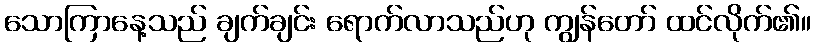
သောကြာနေ့သည် ချက်ချင်း ရောက်လာသည်ဟု ကျွန်တော် ထင်လိုက်၏။